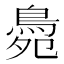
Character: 䳃